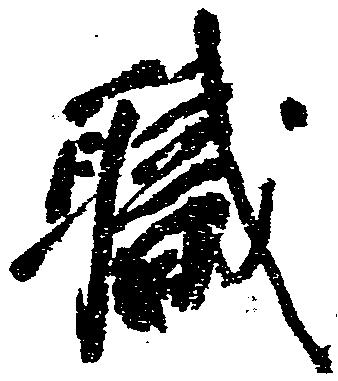
職